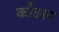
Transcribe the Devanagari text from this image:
कौडल